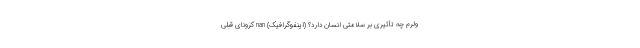
ولرم چه تأثیری بر سلامتی انسان دارد؟ (اینفوگرافیک) nan کرونای قبلی